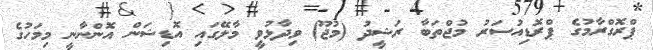
ޕްރޮގްރާމުގެ ޕްރޮޑިއުސަރު މުޖްތަބާ ރަޝީދު (މުޖޫ) ވިދާޅުވީ މާލޭގައި އޮޑިޝަން އޮންނާނީ މިމަހުގެ